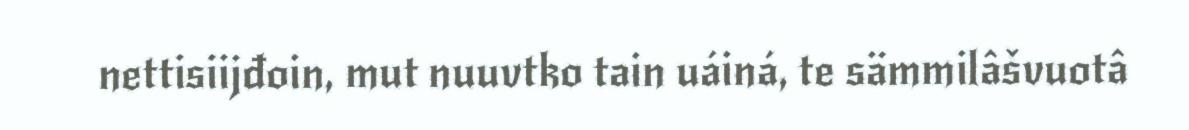
nettisiijđoin, mut nuuvtko tain uáiná, te sämmilâšvuotâ